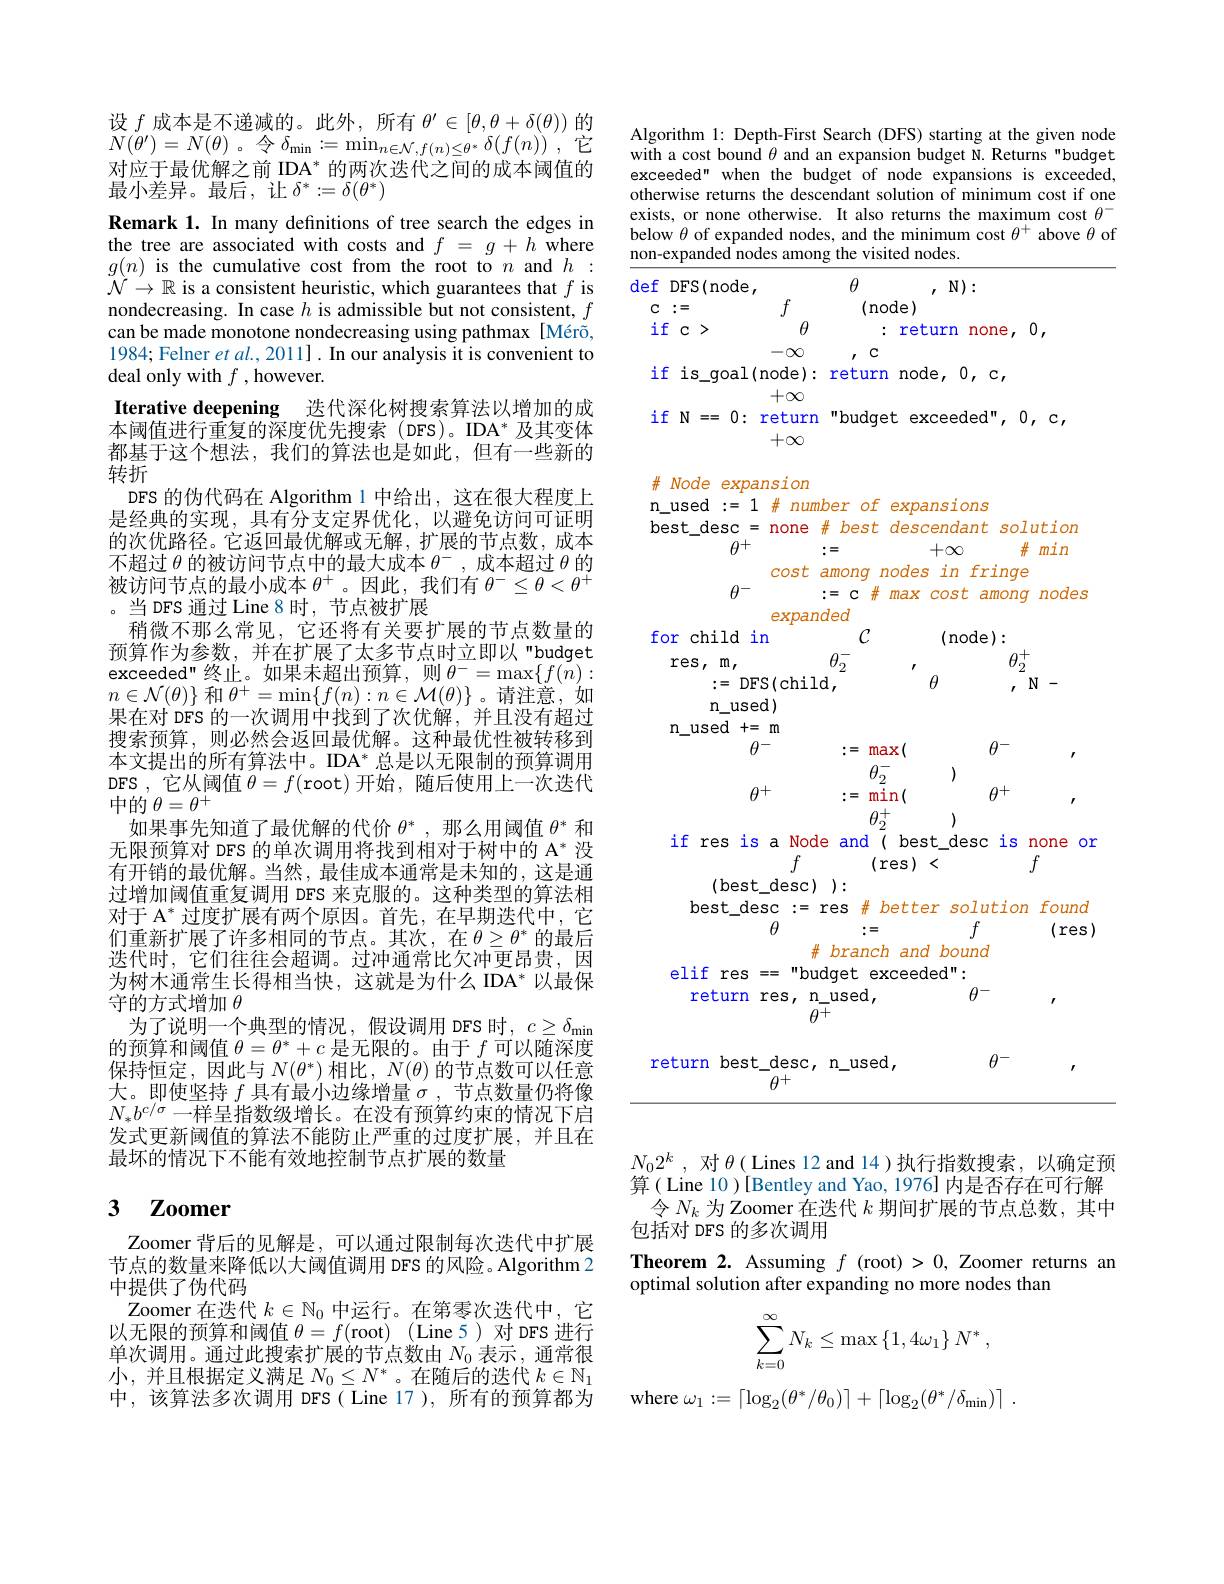
设$f$成本是不递减的。此外，所有$\theta^\prime\in[\theta,\theta+\delta(\theta))$的$N(\theta^{\prime})=N(\theta)$。令$\delta_\mathrm{min}:=\operatorname*{min}_{n\in\mathcal{N},f(n)\leq\theta^*}\delta(f(n))$,它对应于最优解之前 IDA$^*$的两次迭代之间的成本阈值的最小差异。最后，让$\delta^*:=\delta(\theta^*)$
Remark 1. In many definitions of tree search the edges in the tree are associated with costs and $f$ = $g$ + $h$ where $g(n)$ is the cumulative cost from the root to $n$ and $h:$ $\mathcal{N}\to\mathbb{R}$ is a consistent heuristic, which guarantees that $f$ is nondecreasing. In case $h$ is admissible but not consistent, $f$ can be made monotone nondecreasing using pathmax[Mérõ, 1984; Felner $etal. , 2011] . \textbf{In our analysis it is convenient to}$ deal only with $f$ , however.
Iterative deepening 迭代深化树搜索算法以增加的成$本阈值进行重复的深度优先搜索(DFS)。IDA^* 及其变体$ 都基于这个想法，我们的算法也是如此，但有一些新的转折
DFS 的伪代码在 Algorithm 1 中给出，这在很大程度上是经典的实现，具有分支定界优化，以避免访问可证明的次优路径。它返回最优解或无解，扩展的节点数，成本不超过$\theta$的被访问节点中的最大成本$\theta^-$,成本超过$\theta$的被访问节点的最小成本$\theta^+$。因此，我们有$\theta^-\leq\theta<\theta^+$ 。当 DFS 通过 Line 8 时，节点被扩展
稍微不那么常见，它还将有关要扩展的节点数量的预算作为参数，并在扩展了太多节点时立即以"budget exceeded"终止。如果未超出预算，则$\theta^-=\max\{f(\tilde{n}):$ $n\in\mathcal{N}(\theta)\}$和$\theta^+=\operatorname*{min}\{f(n):n\in\mathcal{M}(\theta)\}$。请注意，如果在对 DFS 的一次调用中找到了次优解，并且没有超过搜索预算，则必然会返回最优解。这种最优性被转移到$本文提出的所有算法中。IDA^* 总是以无限制的预算调用$ DFS,它从阈值$\theta=f($root)开始，随后使用上一次迭代中的$\theta=\theta^+$
如果事先知道了最优解的代价$\theta^*$,那么用阈值$\theta^*$和无限预算对 DFS 的单次调用将找到相对于树中的 A* 没有开销的最优解。当然，最佳成本通常是未知的，这是通过增加阈值重复调用 DFS 来克服的。这种类型的算法相对于$\mathrm{A}^*$过度扩展有两个原因。首先，在早期迭代中，它们重新扩展了许多相同的节点。其次，在$\theta\geq\theta^*$的最后迭代时，它们往往会超调。过冲通常比欠冲更昂贵，因为树木通常生长得相当快，这就是为什么 IDA* 以最保守的方式增加$\theta$
为了说明一个典型的情况，假设调用 DFS 时，$c\geq\delta_\mathrm{min}$ 的预算和阈值$\theta=\theta^*+c$是无限的。由于$f$可以随深度保持恒定，因此与$N(\theta^*)$ 相比，$N(\theta)$ 的节点数可以任意大。即使坚持$f$具有最小边缘增量$\sigma$,节点数量仍将像$N_*b^{c/\sigma}$一样呈指数级增长。在没有预算约束的情况下启发式更新阈值的算法不能防止严重的过度扩展，并且在最坏的情况下不能有效地控制节点扩展的数量

## $\textbf{3}$ $\textbf{Zoomer}$

Zoomer 背后的见解是，可以通过限制每次迭代中扩展节点的数量来降低以大阈值调用 DFS 的风险。Algorithm 2中提供了伪代码
Zoomer 在迭代$k\in\mathbb{N}_0$中运行。在第零次迭代中，它以无限的预算和阈值$\theta=f($root) (Line 5) 对 DFS 进行单次调用。通过此搜索扩展的节点数由$N_0$表示，通常很小，并且根据定义满足$N_0\leq N^*$ 。在随后的迭代$k\in\mathbb{N}_1$ 中，该算法多次调用 DFS( Line 17 ),所有的预算都为

Algorithm 1: Depth-First Search (DFS) starting at the given node with a cost bound $\theta$ and an expansion budget N. Returns"budget exceeded" when the budget of node expansions is exceeded, otherwise returns the descendant solution of minimum cost if one exists, or none otherwise. It also returns the maximum cost $\theta^-$ below $\theta$ of expanded nodes, and the minimum cost $\theta^+$ above $\theta$ of non-expanded nodes among the visited nodes.

$\theta$
def DFS(node,
, $\mathbb{N} ) :$
$c:=$
(node)
$f_{\theta}$
if c>
: return none, 0,
$-\infty$
$1,C$
if is\_goal(node): return node, 0,c,
$+\infty$
if N == 0: return "budget exceeded", 0, c,
$+\infty$
# Node expansion
n\_used $:=1\#$ number of expansions
best\_desc\_ none $\#best$ descendant solution
$\theta^{+}$
$\#min$
:=
$+\infty$
cost among nodes in fringe
$\theta^{-}$
$:=c\#maxcostamong$ nodes
expanded
$\mathcal{C}$
for child in
(node):
$\theta_{2}^{-}$
res, m
$\theta_{2}^{+}$
:=DFS(child,
$\theta$
$N-$
n\_used) n$\_$use$\overline {d}+ =$m
$\theta^{-}$
:=max(
$\theta^{-}$
1
$\theta_{2}^{-}$
$\theta^{+}$
$\theta^{+}$
$:={\mathrm{min}}($
$\theta_{2}^{+}$
1
if res is a Node and( best\_desc is none or
$f$
(res)<
$f$
(best\_desc)):
best\_desc := res $\#better$ solution found
$\theta$
$f$
:=
(res)
$\#branch$ and bound
elif res = "budget exceeded":
$\theta^{-}$
return res, n\_used,
$\theta^{\overline{+}}$
$\theta^{-}$
return best\_desc, n\_used,
$\theta^{+}$

$N_02^k$ ,对$\theta($ Lines 12 and 14 )执行指数搜索，以确定预算( Line 10 )[Bentley and Yao, 1976] 内是否存在可行解
令$N_k$为Zoomer 在迭代$k$期间扩展的节点总数，其中
包括对 DFS 的多次调用
Theorem 2. Assuming $f$ (root)>0, Zoomer returns an
optimal solution after expanding no more nodes than
$$\begin{aligned}\sum_{k=0}^\infty N_k\leq\max\left\{1,4\omega_1\right\}N^*\:,\end{aligned}$$
where $\omega _1: = \lceil \log _2( \theta ^* / \theta _0) \rceil + \lceil \log _2( \theta ^* / \delta _{\mathrm{min}}) \rceil$ .